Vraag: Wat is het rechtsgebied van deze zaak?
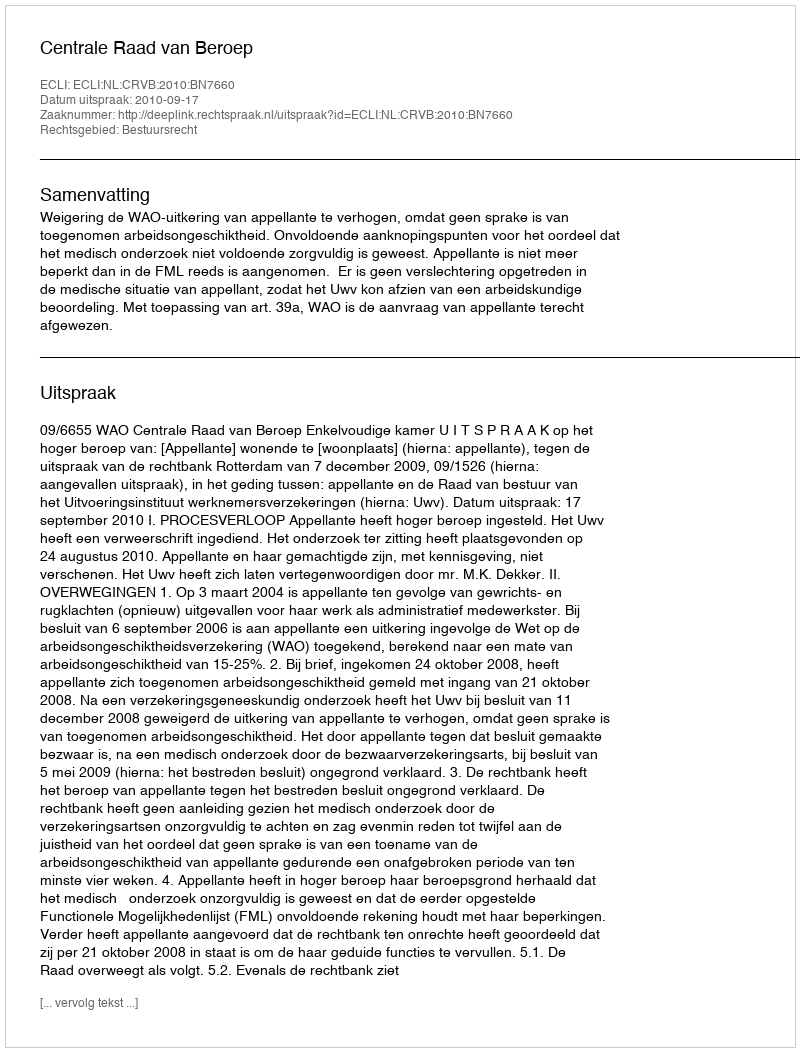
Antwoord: Bestuursrecht